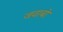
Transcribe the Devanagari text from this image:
जवाबो